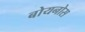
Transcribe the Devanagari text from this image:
बोयनोस